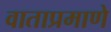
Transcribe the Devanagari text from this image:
वाताप्रमाणे